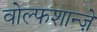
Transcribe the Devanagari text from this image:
वोल्फशान्ज़े